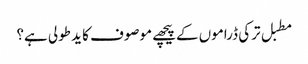
مطبل ترکی ڈراموں کےپیچھے موصوف کا ید طولی ہے؟